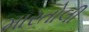
મારતોલી